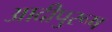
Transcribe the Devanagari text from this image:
आदीपुरूष